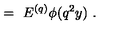
\ = \ E ^ { ( q ) } \phi ( q ^ { 2 } y ) \ .